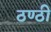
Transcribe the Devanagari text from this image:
ठण्ठी